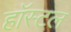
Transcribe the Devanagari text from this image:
हाॅस्टल